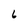
Character: 6